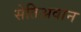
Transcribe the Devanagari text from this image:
सेतिअवान